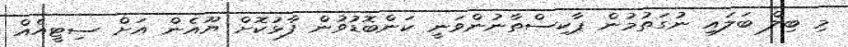
މި ބިލް ބަލައި ނުގަތުމުން ޕާކިސްތާނުންވަނީ ކަންބޮޑުވުން ފާޅުކޮށް ޔޫއެން އަށް ސިޓީއެއް